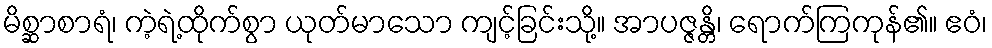
မိစ္ဆာစာရံ၊ ကဲ့ရဲ့ထိုက်စွာ ယုတ်မာသော ကျင့်ခြင်းသို့။ အာပဇ္ဇန္တိ၊ ရောက်ကြကုန်၏။ ဧဝံ၊